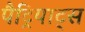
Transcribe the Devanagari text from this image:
पैट्रियाट्स